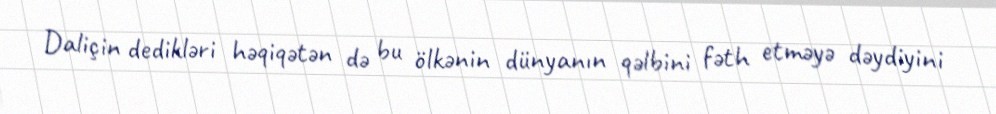
Daliçin dedikləri həqiqətən də bu ölkənin dünyanın qəlbini fəth etməyə dəydiyini